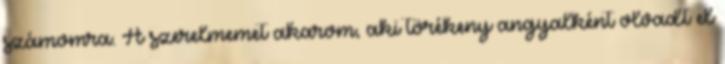
számomra. A szerelmemet akarom, aki törékeny angyalként olvadt el